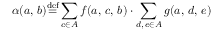
\alpha ( a , \, b ) { \stackrel { \mathrm { d e f } } { = } } \displaystyle \sum _ { c \in A } f ( a , \, c , \, b ) \cdot \sum _ { d , \, e \in A } g ( a , \, d , \, e )